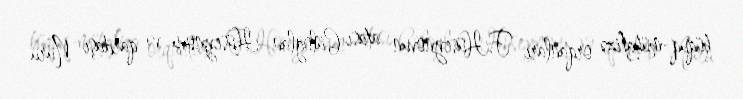
hüquq-mühafizə orqanları F.Hüseynovun atası Güloğlan Hüseynovu və qardaşı Nuru